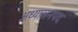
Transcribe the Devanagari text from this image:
अध्यासनपद